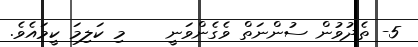
5- ތެދުވުން ސުންނަތް ވެގެންވަނީ    މި ކަލިމަ ކީމައެވެ.